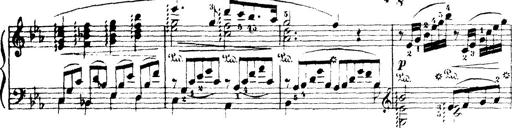
Title: Wagner-Liszt Album
Composer: Franz Liszt